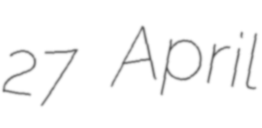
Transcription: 27 April